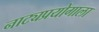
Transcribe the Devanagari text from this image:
नाट्यप्रयोगाला